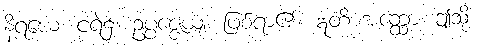
နိရယေ၊ ငရဲ၌။ ဥပ္ပဇ္ဇေယျ၊ ဖြစ်ရာ၏။ ဣတိ အတ္ထော၊ ဤသို့